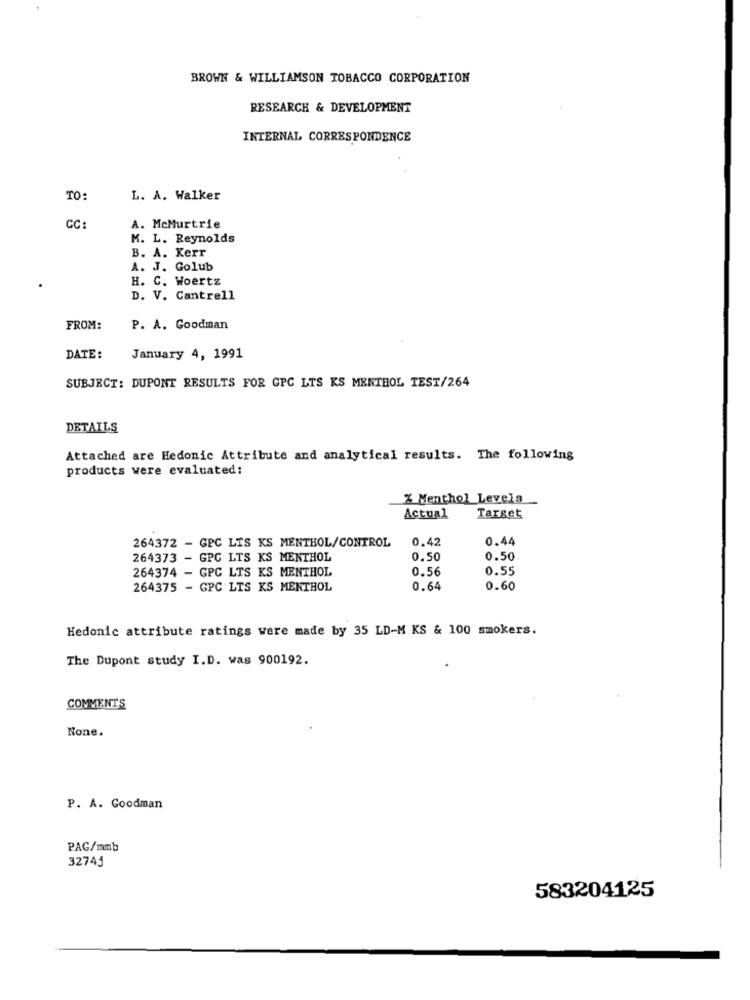
BROWN & WILLIAMSON TOBACCO CORPORATION
RESEARCH & DEVELOPMENT
INTERNAL CORRESPONDENCE
TO:
L. A. Walker
CC:
A. McMurtrie
M. L. Reynolds
B. A. Kerr
A. J. Golub
H. C. Woertz
D. V. Cantrell
FROM:
P. A. Goodman
DATE:
January 4, 1991
SUBJECT: DUPONT RESULTS FOR GPC LTS KS MENTHOL TEST/264
DETAILS
Attached are Hedonic Attribute and analytical results. The following
products were evaluated:
Z Menthol_Levela
Actual
Target
264372 - GPC LIS KS MENTHOL/CONTROL
0.44
0.42
264373 - GPC LTS KS MENTHOL
0.50
0.50
264374 - GPC LTS KS MENTHOL
0.56
0.55
264375 - GPC LTS KS MENTHOL
0.64
0.60
Hedonic attribute ratings were made by 35 LD-M KS & 100 smokers.
The Dupont study I.D. was 900192.
COMMENTS
None.
P. A. Goodman
PAG/mmb
32743
583204125